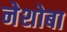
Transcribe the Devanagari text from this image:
नेशोबा